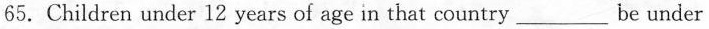
65.Children under 12 years of age in that country ___ be under